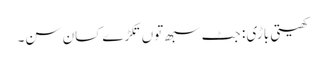
کھیتی باڑی : جٹ سبھ توں تکڑے کسان سن۔